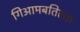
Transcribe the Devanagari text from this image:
गिआमबतिस्ता